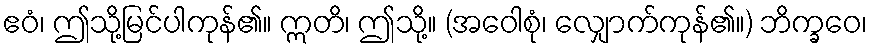
ဧဝံ၊ ဤသို့မြင်ပါကုန်၏။ ဣတိ၊ ဤသို့။ (အဝေါစုံ၊ လျှောက်ကုန်၏။) ဘိက္ခဝေ၊